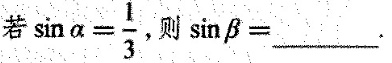
若 $$\sin \alpha = \frac{1}{3}$$ 则sinβ=___。